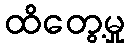
ထိတွေ့မှု